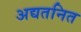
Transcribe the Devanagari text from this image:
अद्यतनित